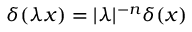
\delta ( \lambda x ) = | \lambda | ^ { - n } \delta ( x )